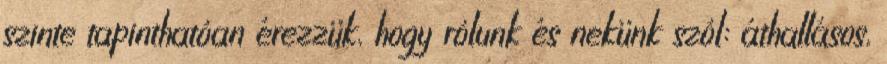
szinte tapinthatóan érezzük, hogy rólunk és nekünk szól: áthallásos,